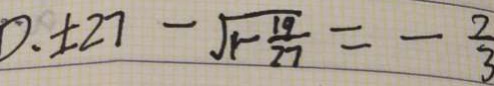
D , \pm 2 7 - \sqrt { 1 - \frac { 1 9 } { 2 7 } } = - \frac { 2 } { 3 }